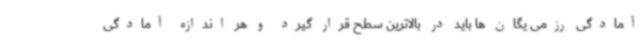
آمادگی رزمی یگان ها باید در بالاترین سطح قرار گیرد و هر اندازه آمادگی